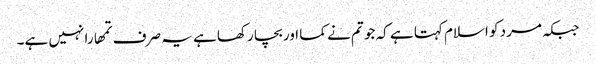
جبکہ مرد کو اسلام کہتا ہے کہ جو تم نے کما اور بچا رکھا ہے یہ صرف تمھارا نہیں ہے۔